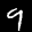
Label: 9